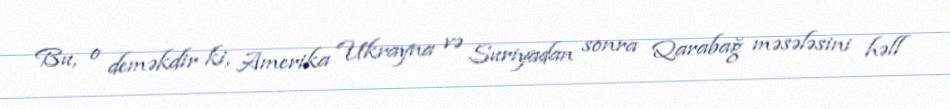
Bu, o deməkdir ki, Amerika Ukrayna və Suriyadan sonra Qarabağ məsələsini həll